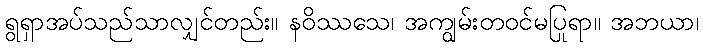
ရွရှာအပ်သည်သာလျှင်တည်း။ နဝိဿသေ၊ အကျွမ်းတဝင်မပြုရာ။ အဘယာ၊